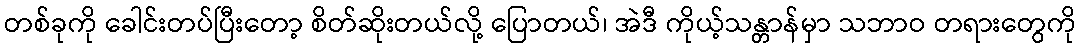
တစ်ခုကို ခေါင်းတပ်ပြီးတော့ စိတ်ဆိုးတယ်လို့ ပြောတယ်၊ အဲဒီ ကိုယ့်သန္တာန်မှာ သဘာဝ တရားတွေကို